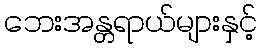
ဘေးအန္တရာယ်များနှင့်